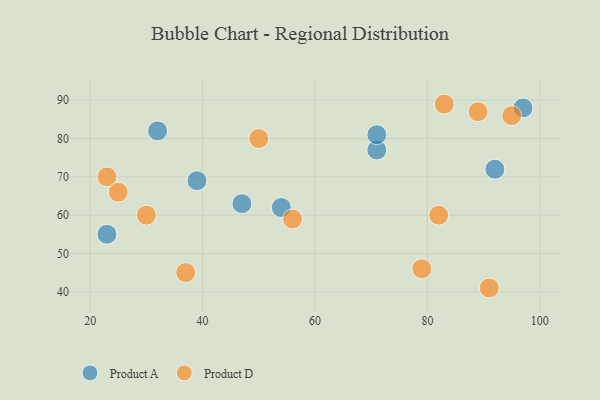
{"axis": {"x": "GDP", "y": "Life Expectancy"}, "legend": ["Product A", "Product D"], "data": [{"x": "47", "y": 63, "type": "Product A"}, {"x": "23", "y": 55, "type": "Product A"}, {"x": "92", "y": 72, "type": "Product A"}, {"x": "32", "y": 82, "type": "Product A"}, {"x": "39", "y": 69, "type": "Product A"}, {"x": "71", "y": 77, "type": "Product A"}, {"x": "54", "y": 62, "type": "Product A"}, {"x": "71", "y": 81, "type": "Product A"}, {"x": "97", "y": 88, "type": "Product A"}, {"x": "37", "y": 45, "type": "Product D"}, {"x": "56", "y": 59, "type": "Product D"}, {"x": "23", "y": 70, "type": "Product D"}, {"x": "30", "y": 60, "type": "Product D"}, {"x": "79", "y": 46, "type": "Product D"}, {"x": "89", "y": 87, "type": "Product D"}, {"x": "95", "y": 86, "type": "Product D"}, {"x": "82", "y": 60, "type": "Product D"}, {"x": "50", "y": 80, "type": "Product D"}, {"x": "25", "y": 66, "type": "Product D"}, {"x": "91", "y": 41, "type": "Product D"}, {"x": "83", "y": 89, "type": "Product D"}]}